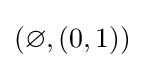
(\varnothing ,(0,1))